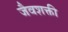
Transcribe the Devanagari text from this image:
जैवशक्ती